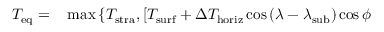
\begin{array} { r l } { T _ { \mathrm { e q } } = } & { { } \operatorname* { m a x } \left\{ T _ { \mathrm { s t r a } } , \left[ T _ { \mathrm { s u r f } } + \Delta T _ { \mathrm { h o r i z } } \cos \left( \lambda - \lambda _ { \mathrm { s u b } } \right) \cos \phi \right. \right. } \end{array}